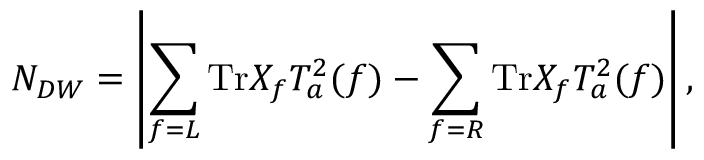
N _ { D W } = \left\vert \sum _ { f = L } \mathrm { T r } X _ { f } T _ { a } ^ { 2 } ( f ) - \sum _ { f = R } \mathrm { T r } X _ { f } T _ { a } ^ { 2 } ( f ) \large \right\vert ,